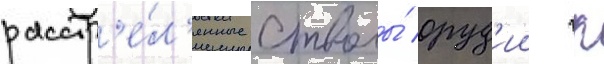
расстр'е́л'янные стволы́ оруд'ии гк